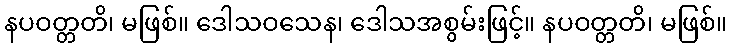
နပဝတ္တတိ၊ မဖြစ်။ ဒေါသဝသေန၊ ဒေါသအစွမ်းဖြင့်။ နပဝတ္တတိ၊ မဖြစ်။